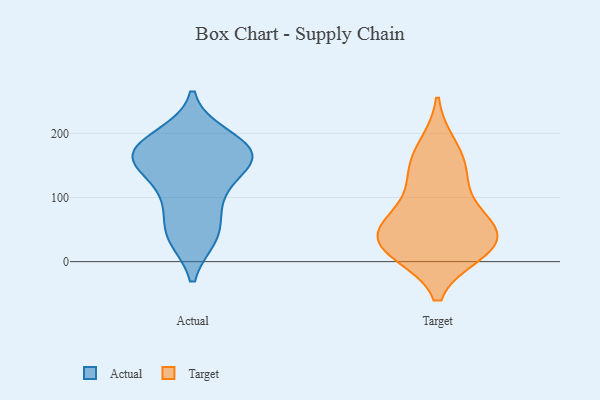
{"axis": {"x": "LTV (USD)", "y": "Value"}, "legend": ["Actual", "Target"], "data": [{"x": "", "y": 196, "type": "Actual"}, {"x": "", "y": 99, "type": "Actual"}, {"x": "", "y": 40, "type": "Actual"}, {"x": "", "y": 156, "type": "Actual"}, {"x": "", "y": 162, "type": "Actual"}, {"x": "", "y": 118, "type": "Actual"}, {"x": "", "y": 84, "type": "Actual"}, {"x": "", "y": 194, "type": "Actual"}, {"x": "", "y": 168, "type": "Actual"}, {"x": "", "y": 153, "type": "Actual"}, {"x": "", "y": 38, "type": "Actual"}, {"x": "", "y": 41, "type": "Actual"}, {"x": "", "y": 168, "type": "Actual"}, {"x": "", "y": 167, "type": "Actual"}, {"x": "", "y": 168, "type": "Actual"}, {"x": "", "y": 178, "type": "Target"}, {"x": "", "y": 62, "type": "Target"}, {"x": "", "y": 17, "type": "Target"}, {"x": "", "y": 41, "type": "Target"}, {"x": "", "y": 130, "type": "Target"}, {"x": "", "y": 76, "type": "Target"}, {"x": "", "y": 22, "type": "Target"}, {"x": "", "y": 25, "type": "Target"}, {"x": "", "y": 37, "type": "Target"}, {"x": "", "y": 147, "type": "Target"}]}